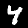
Digit: 4